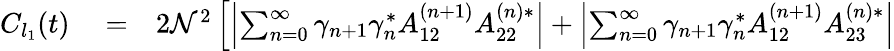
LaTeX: \begin{array}{rlr}{C_{l_{1}}(t)}&{{}=}&{2\mathcal{N}^{2}\left[\left|\sum_{n=0}^{\infty}\gamma_{n+1}\gamma_{n}^{*}A_{12}^{\left(n+1\right)}A_{22}^{\left(n\right)*}\right|+\left|\sum_{n=0}^{\infty}\gamma_{n+1}\gamma_{n}^{*}A_{12}^{\left(n+1\right)}A_{23}^{\left(n\right)*}\right|\right.}\end{array}